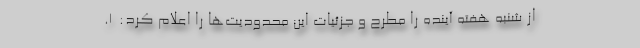
از شنبه هفته آینده را مطرح و جزئیات این محدودیت‌ها را اعلام کرد: ۱.